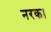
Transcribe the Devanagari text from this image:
नरक।